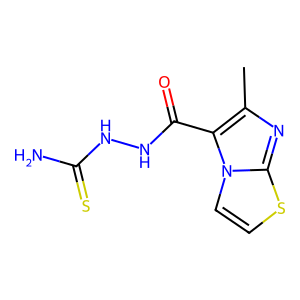
SMILES: Cc1nc2sccn2c1C(=O)NNC(N)=S
Inhibits HIV replication: No